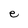
Character: e